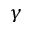
\gamma